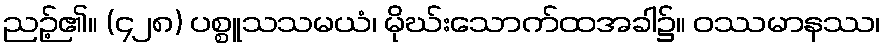
ညဉ့်၏။ (၄၂၈) ပစ္စူသသမယံ၊ မိုဃ်းသောက်ထအခါ၌။ ဝဿမာနဿ၊